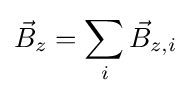
{\vec {B}}_{z}=\sum _{i}{\vec {B}}_{z,i}